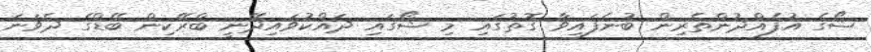
ޝޯގެ އުފެއްދުންތެރިން ބުނެފައިވާ ގޮތުގައި މި ޝޯގައި ދައްކުވައިދޭނީ ބްރޭކިން ބޭޑްގެ ދެވަނަ